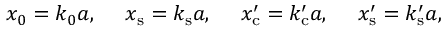
x _ { 0 } = k _ { 0 } a , \quad \; x _ { \mathrm { s } } = k _ { \mathrm { s } } a , \quad \; x _ { \mathrm { c } } ^ { \prime } = k _ { \mathrm { c } } ^ { \prime } a , \quad \; x _ { \mathrm { s } } ^ { \prime } = k _ { \mathrm { s } } ^ { \prime } a ,